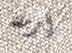
أرملة